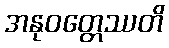
အနုဝတ္တေဿတိ